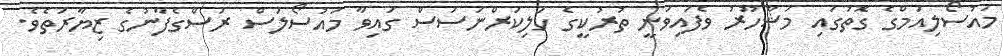
މައުސޯލިއަމްގެ ގޮތުގައި މަޝްހޫރު ވެފައިވަނީ ތުރުކީގެ ހަލިކަރްނަސަސް ގައިވާ މައުސޯލަސް ރަސްގެފާނުގެ ޒިޔާރަތެވެ.